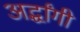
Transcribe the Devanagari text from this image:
अर्द्धांगी